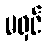
မရှင်